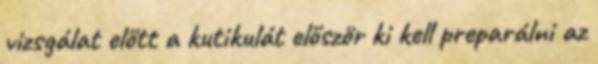
vizsgálat előtt a kutikulát először ki kell preparálni az